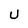
Character: U